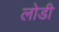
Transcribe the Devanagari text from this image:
लोडी